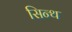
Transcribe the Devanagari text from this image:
सिन्थ